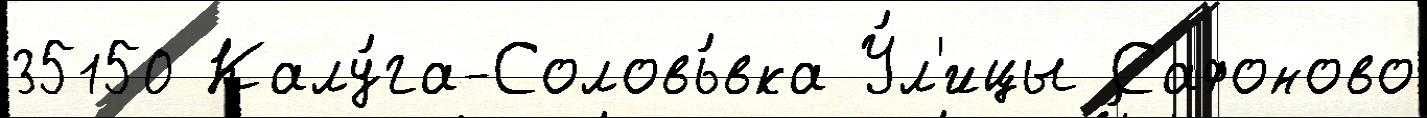
35150 Калу́га-Соловь́вка У́л'ицы Сафоново